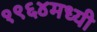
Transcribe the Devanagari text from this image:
१९६४मध्यी